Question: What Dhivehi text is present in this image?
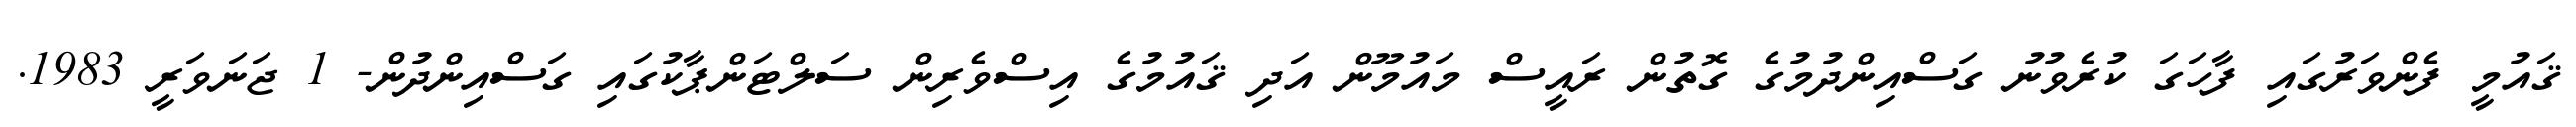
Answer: ޤައުމީ ފެންވަރުގައި ފާހަގަ ކުރެވުނު ގަސްއިންދުމުގެ ގޮތުން ރައީސް މައުމޫން އަދި ޤައުމުގެ އިސްވެރިން ސަލްޓަންޕާކުގައި ގަސްއިންދުން- 1 ޖަނަވަރީ 1983.